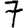
Digit: 7